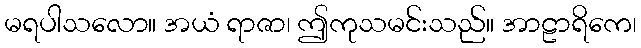
မရပါသလော။ အယံ ရာဇာ၊ ဤကုသမင်းသည်။ အာဠာရိကေ၊